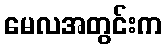
မေလအတွင်းက